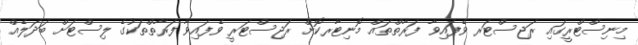
މިނިސްޓްރީގައި ރަޖިސްޓަރ ވެފައިވާ ފަރާތްތައް މޮނިޓާރކޮށް ރަޖިސްޓަރީ ވެފައިވާ ފަރާތްތަކުގެ ލިސްޓަށް ބަދަލެއް